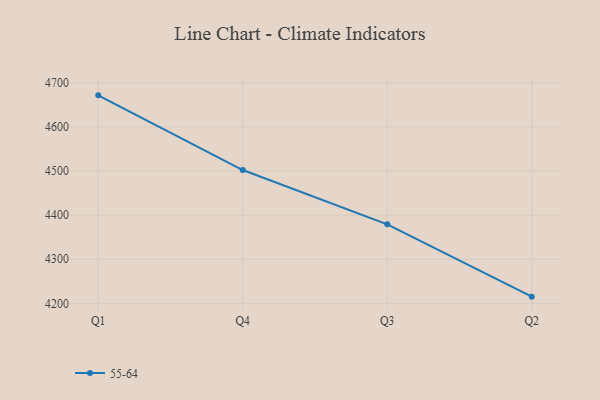
{"axis": {"x": "Quarter", "y": "Churn Rate (%)"}, "legend": ["55-64"], "data": [{"x": "Q1", "y": 4671.5, "type": "55-64"}, {"x": "Q4", "y": 4502.2, "type": "55-64"}, {"x": "Q3", "y": 4379.2, "type": "55-64"}, {"x": "Q2", "y": 4215.2, "type": "55-64"}]}